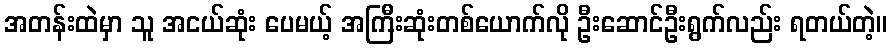
အတန်းထဲမှာ သူ အငယ်ဆုံး ပေမယ့် အကြီးဆုံးတစ်ယောက်လို ဦးဆောင်ဦးရွက်လည်း ရတယ်တဲ့။